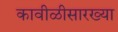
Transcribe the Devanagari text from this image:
कावीळीसारख्या